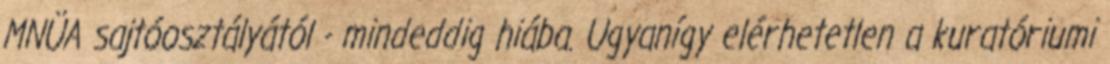
MNÜA sajtóosztályától - mindeddig hiába. Ugyanígy elérhetetlen a kuratóriumi